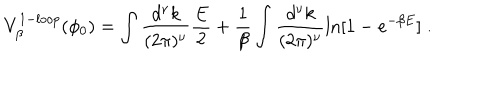
LaTeX: V _ { \beta } ^ { 1 - l o o p } ( \phi _ { 0 } ) = \int \frac { d ^ { \nu } k } { ( 2 \pi ) ^ { \nu } } { \frac { E } { 2 } } + { \frac { 1 } { \beta } } \int \frac { d ^ { \nu } k } { ( 2 \pi ) ^ { \nu } } \ln [ 1 - e ^ { - \beta E } ] \; .